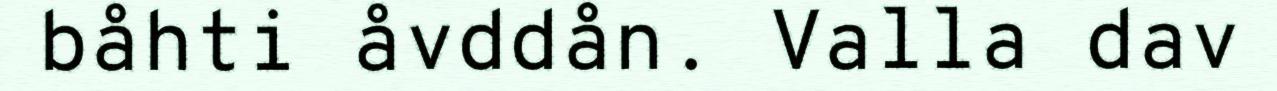
båhti åvddån. Valla dav